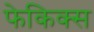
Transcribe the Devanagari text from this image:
फेकिक्स